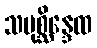
သမုစ္ဆိန္ဒေထ